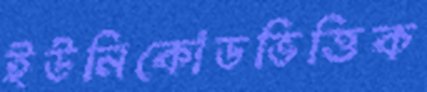
ইউনিকোডভিত্তিক